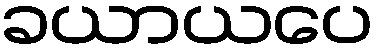
ခယာယပေ